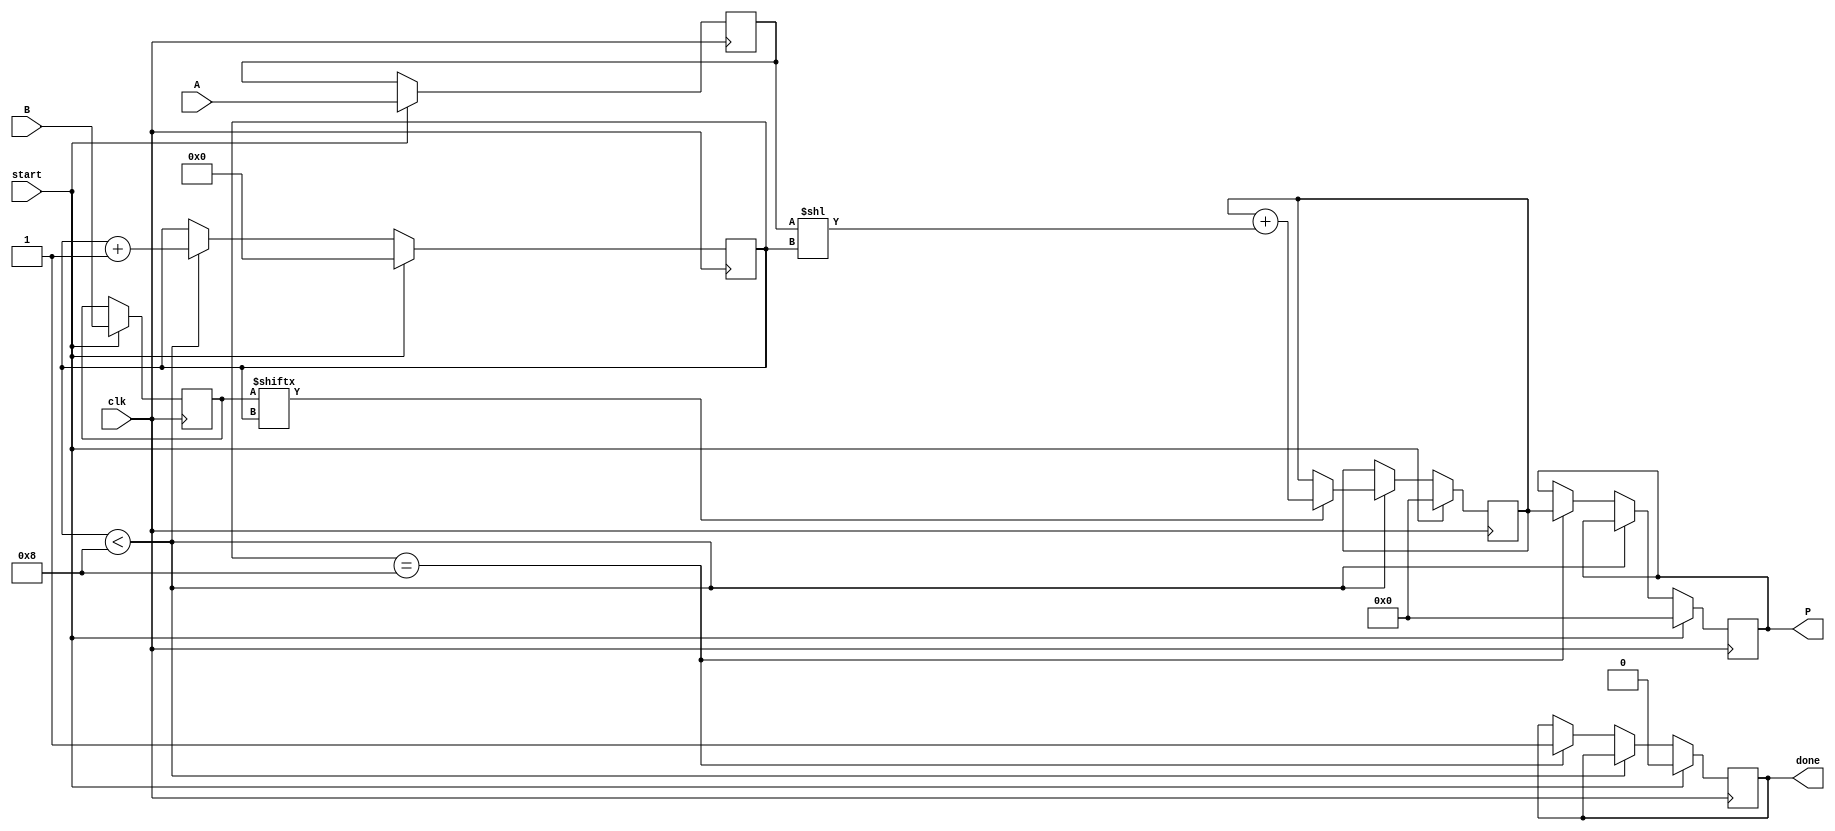
module radix2_multiplier #(parameter N = 8) (
    input wire [N-1:0] A,      // N-bit multiplicand
    input wire [N-1:0] B,      // N-bit multiplier
    input wire clk,             // Clock signal
    input wire start,           // Start signal for multiplication
    output reg [2*N-1:0] P,     // (2N)-bit product
    output reg done             // Multiplication done signal
);

    reg [N-1:0] A_reg;
    reg [N-1:0] B_reg;
    reg [2*N-1:0] sum;
    reg [N-1:0] partial_product;
    reg [3:0] count;            // Counter for the number of bits processed

    always @(posedge clk) begin
        if (start) begin
            // Initialize the registers
            A_reg <= A;
            B_reg <= B;
            sum <= 0;
            count <= 0;
            P <= 0;
            done <= 0;
        end else if (count < N) begin
            // Generate partial product
            if (B_reg[count]) begin
                partial_product = A_reg << count; // Shift A by 'count' positions
                sum = sum + partial_product;       // Add to the sum
            end
            
            count <= count + 1;                  // Increment the counter
        end else if (count == N) begin
            // Store the final result and signal that multiplication is done
            P <= sum;
            done <= 1;
        end
    end

endmodule